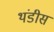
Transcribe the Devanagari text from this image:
थंडीस